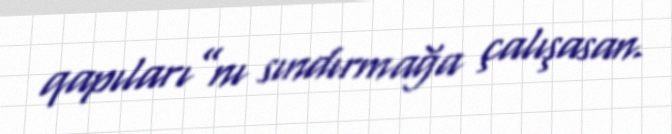
qapıları”nı sındırmağa çalışasan.